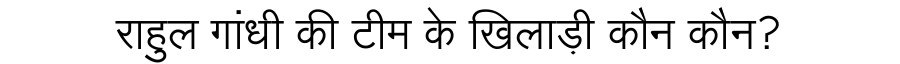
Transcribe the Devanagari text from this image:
राहुल गांधी की टीम के खिलाड़ी कौन कौन?